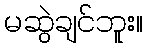
မဆွဲချင်ဘူး။